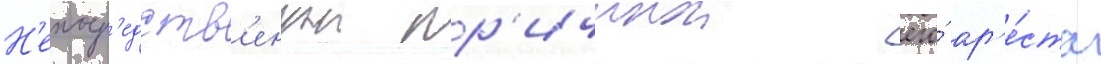
Н'епоср'едств'еннои пр'ичинои его́ ар'е́ста